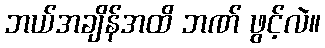
ဘယ်အချိန်အထိ ဘဏ် ဖွင့်လဲ။